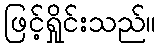
ဖြင့်ရှိုင်းသည်။